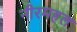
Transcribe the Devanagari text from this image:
नीरमहल